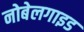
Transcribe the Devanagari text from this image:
नोबेलगाइड